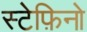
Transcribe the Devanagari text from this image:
स्टेफ़िनो